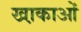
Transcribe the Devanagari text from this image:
खा़काओं